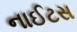
નાઈટસ